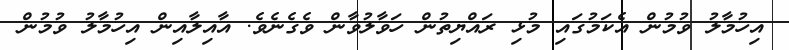
އިހުމާލު ވުމުން އެކަމުގައި މުޅި ރައްޔިތުން ހަވާލުވާން ވެގެނެވެ. އާއިލާއިން އިހުމާލު ވުމުން